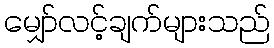
မျှော်လင့်ချက်များသည်